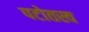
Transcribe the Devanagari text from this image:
पटोतस्व